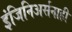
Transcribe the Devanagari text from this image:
इंजिनिअर्सनाही